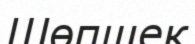
Шөпшек